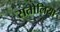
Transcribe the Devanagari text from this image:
सतोलिया